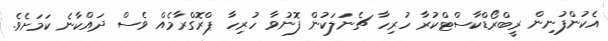
އެކުންފުނިން ރީބްރޯޑްކާސްޓްކުރާ ހުރިހާ ޗެނަލަކުން ފޮނުވާ ހުރިހާ ޕްރޮގްރާމެއް ވެސް ދައްކާނެ ކަމަށެވެ.